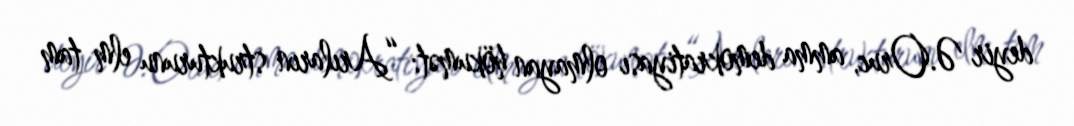
deyir Ə.Oruc, amma demokratiyası olmayan hökumət: “Arıların strukturunu elm tam